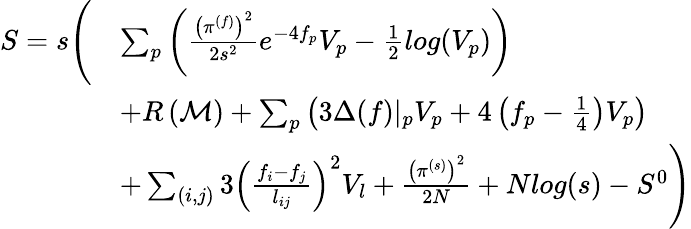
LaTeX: \begin{array}{rl}{S=s\Bigg(}&{\sum_{p}\left(\frac{\left(\pi^{(f)}\right)^{2}}{2s^{2}}e^{-4f_{p}}V_{p}-\frac{1}{2}log(V_{p})\right)}\\ &{+R\left(\mathcal{M}\right)+\sum_{p}\left(3\Delta(f)\vert_{p}V_{p}+4\left(f_{p}-\frac{1}{4}\right)V_{p}\right)}\\ &{+\sum_{(i,j)}3\left(\frac{f_{i}-f_{j}}{l_{ij}}\right)^{2}V_{l}+\frac{\left(\pi^{(s)}\right)^{2}}{2N}+Nlog(s)-S^{0}\Bigg)}\end{array}